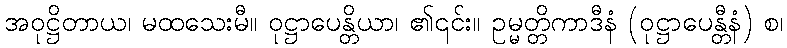
အဝုဋ္ဌိတာယ၊ မထသေးမီ။ ဝုဋ္ဌာပေန္တိယာ၊ ၏၎င်း။ ဥမ္မတ္တိကာဒီနံ (ဝုဋ္ဌာပေန္တီနံ) စ၊